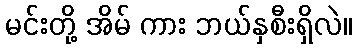
မင်းတို့ အိမ် ကား ဘယ်နှစီးရှိလဲ။